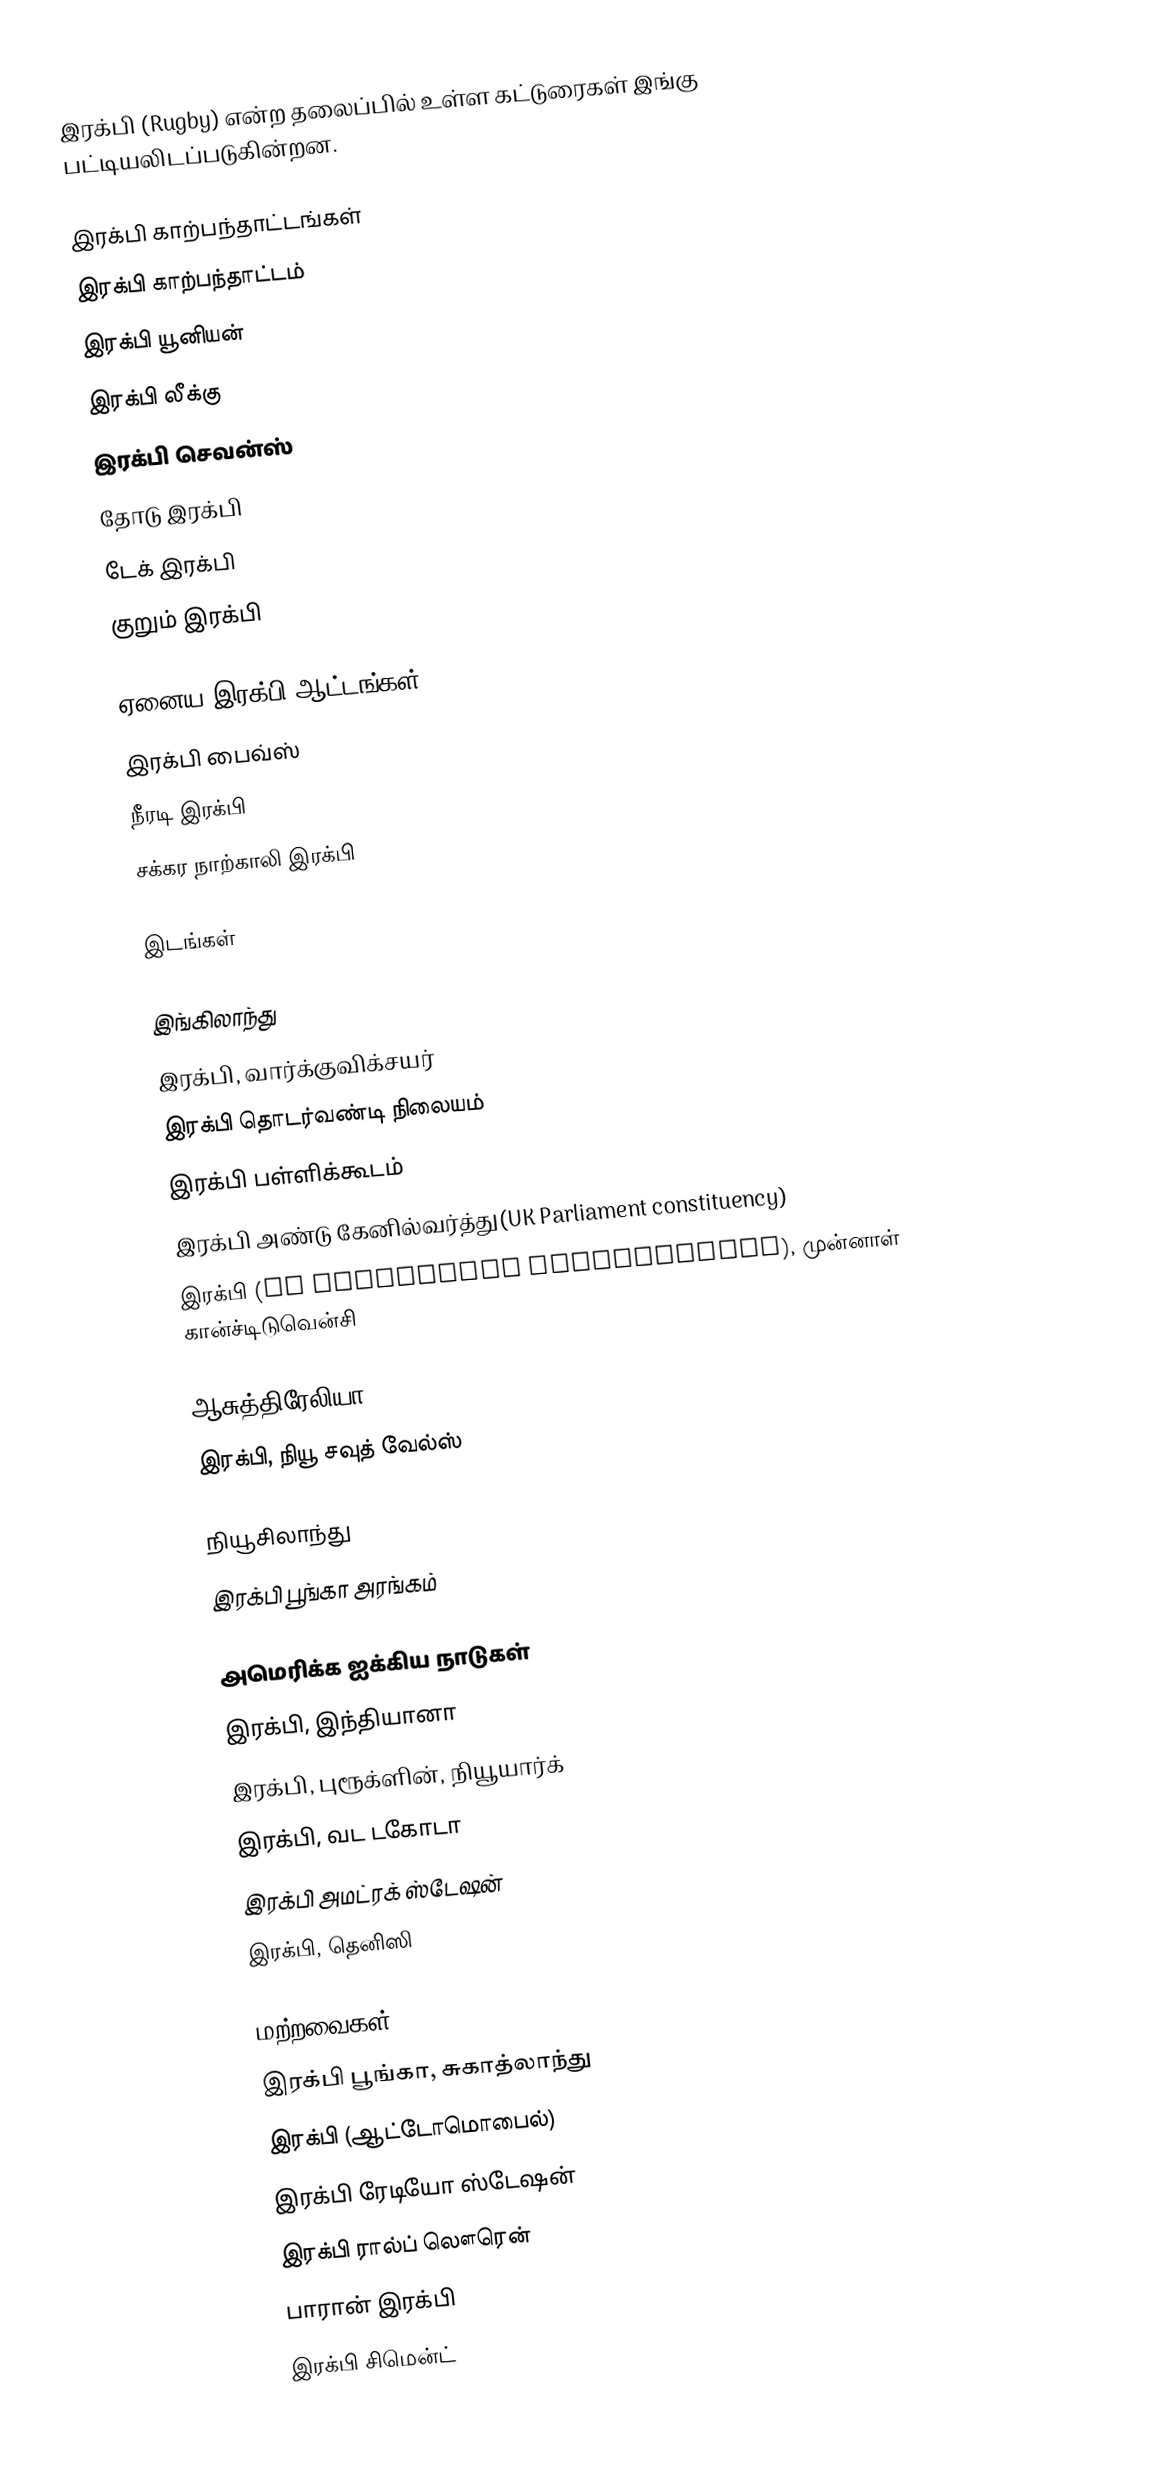
இரக்பி (Rugby) என்ற தலைப்பில் உள்ள கட்டுரைகள் இங்கு பட்டியலிடப்படுகின்றன.

இரக்பி காற்பந்தாட்டங்கள்
இரக்பி காற்பந்தாட்டம்
இரக்பி யூனியன்
இரக்பி லீக்கு
இரக்பி செவன்ஸ்
தோடு இரக்பி
டேக் இரக்பி
குறும் இரக்பி

ஏனைய இரக்பி ஆட்டங்கள்
இரக்பி பைவ்ஸ்
நீரடி இரக்பி
சக்கர நாற்காலி இரக்பி

இடங்கள்

இங்கிலாந்து
இரக்பி, வார்க்குவிக்சயர்
இரக்பி தொடர்வண்டி நிலையம்
இரக்பி பள்ளிக்கூடம்
இரக்பி அண்டு கேனில்வர்த்து(UK Parliament constituency)
இரக்பி (UK Parliament constituency), முன்னாள் கான்ச்டிடுவென்சி

ஆசுத்திரேலியா
இரக்பி, நியூ சவுத் வேல்ஸ்

நியூசிலாந்து
இரக்பி பூங்கா அரங்கம்

அமெரிக்க ஐக்கிய நாடுகள்
இரக்பி, இந்தியானா
இரக்பி, புரூக்ளின், நியூயார்க்
இரக்பி, வட டகோடா
இரக்பி அமட்ரக் ஸ்டேஷன்
இரக்பி, தெனிஸி

மற்றவைகள்
இரக்பி பூங்கா, சுகாத்லாந்து
இரக்பி (ஆட்டோமொபைல்)
இரக்பி ரேடியோ ஸ்டேஷன்
இரக்பி ரால்ப் லௌரென்
பாரான் இரக்பி
இரக்பி சிமென்ட்